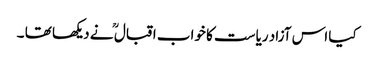
کیا اس آزاد ریاست کا خواب اقبال ؒ نے دیکھا تھا ۔